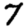
Digit: 7